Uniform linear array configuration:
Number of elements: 24
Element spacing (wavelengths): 0.75
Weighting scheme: hamming
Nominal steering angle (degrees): -60
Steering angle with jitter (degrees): -58.148
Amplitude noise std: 0.05
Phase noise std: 0.05

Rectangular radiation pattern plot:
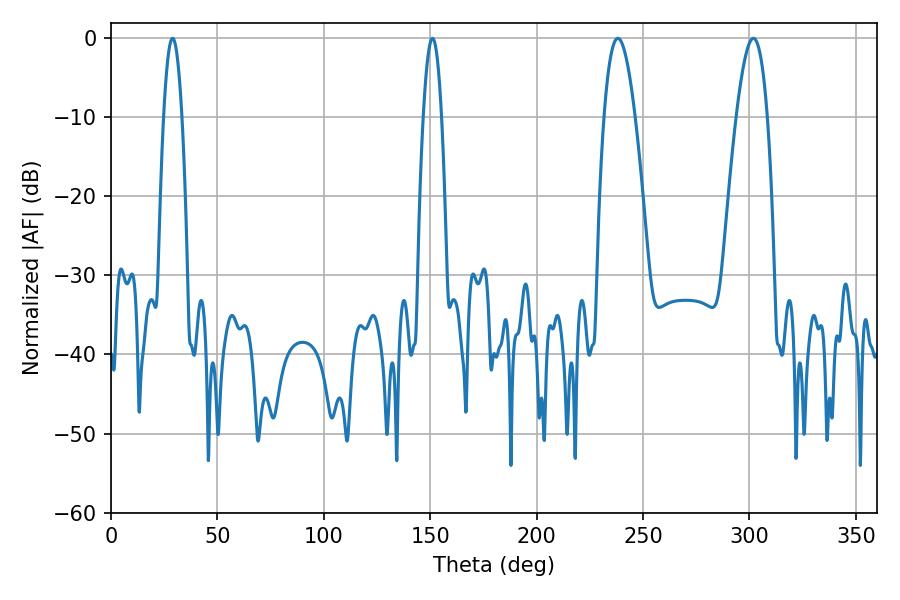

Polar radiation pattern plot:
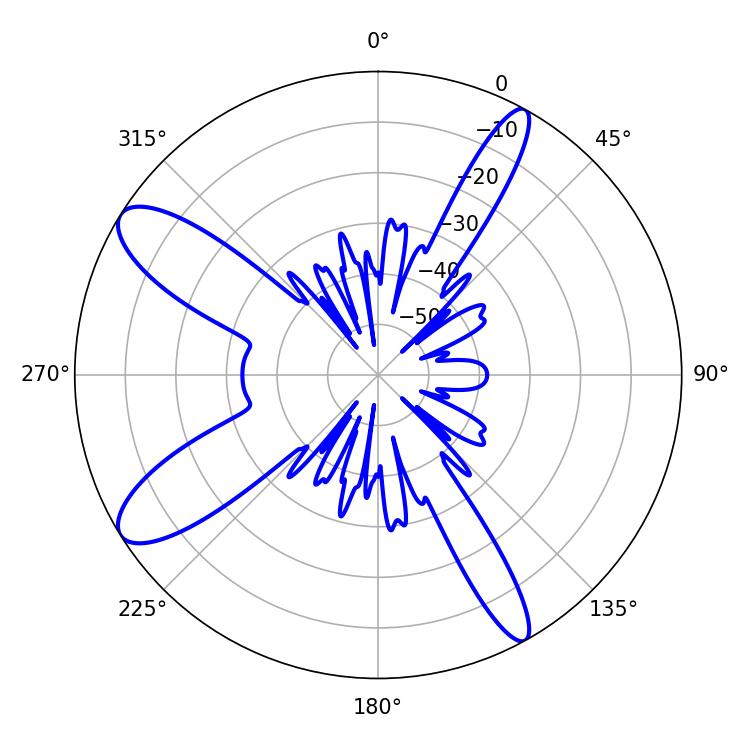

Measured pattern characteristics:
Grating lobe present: TRUE
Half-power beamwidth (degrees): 8.1
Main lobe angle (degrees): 238.14